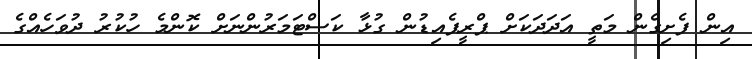
އިން ފެށިގެން މަތީ އަދަދަކަށް ޕްރީޕެއިޑުން ގުޅާ ކަސްޓަމަރުންނަށް ކޮންމެ ހުކުރު ދުވަހެއްގެ